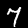
Label: 7